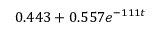
0 . 4 4 3 + 0 . 5 5 7 e ^ { - 1 1 1 t }